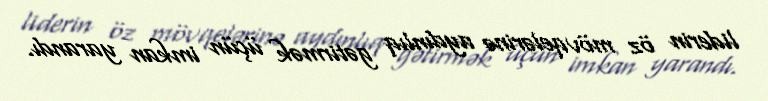
liderin öz mövqelərinə aydınlıq gətirmək üçün imkan yarandı.